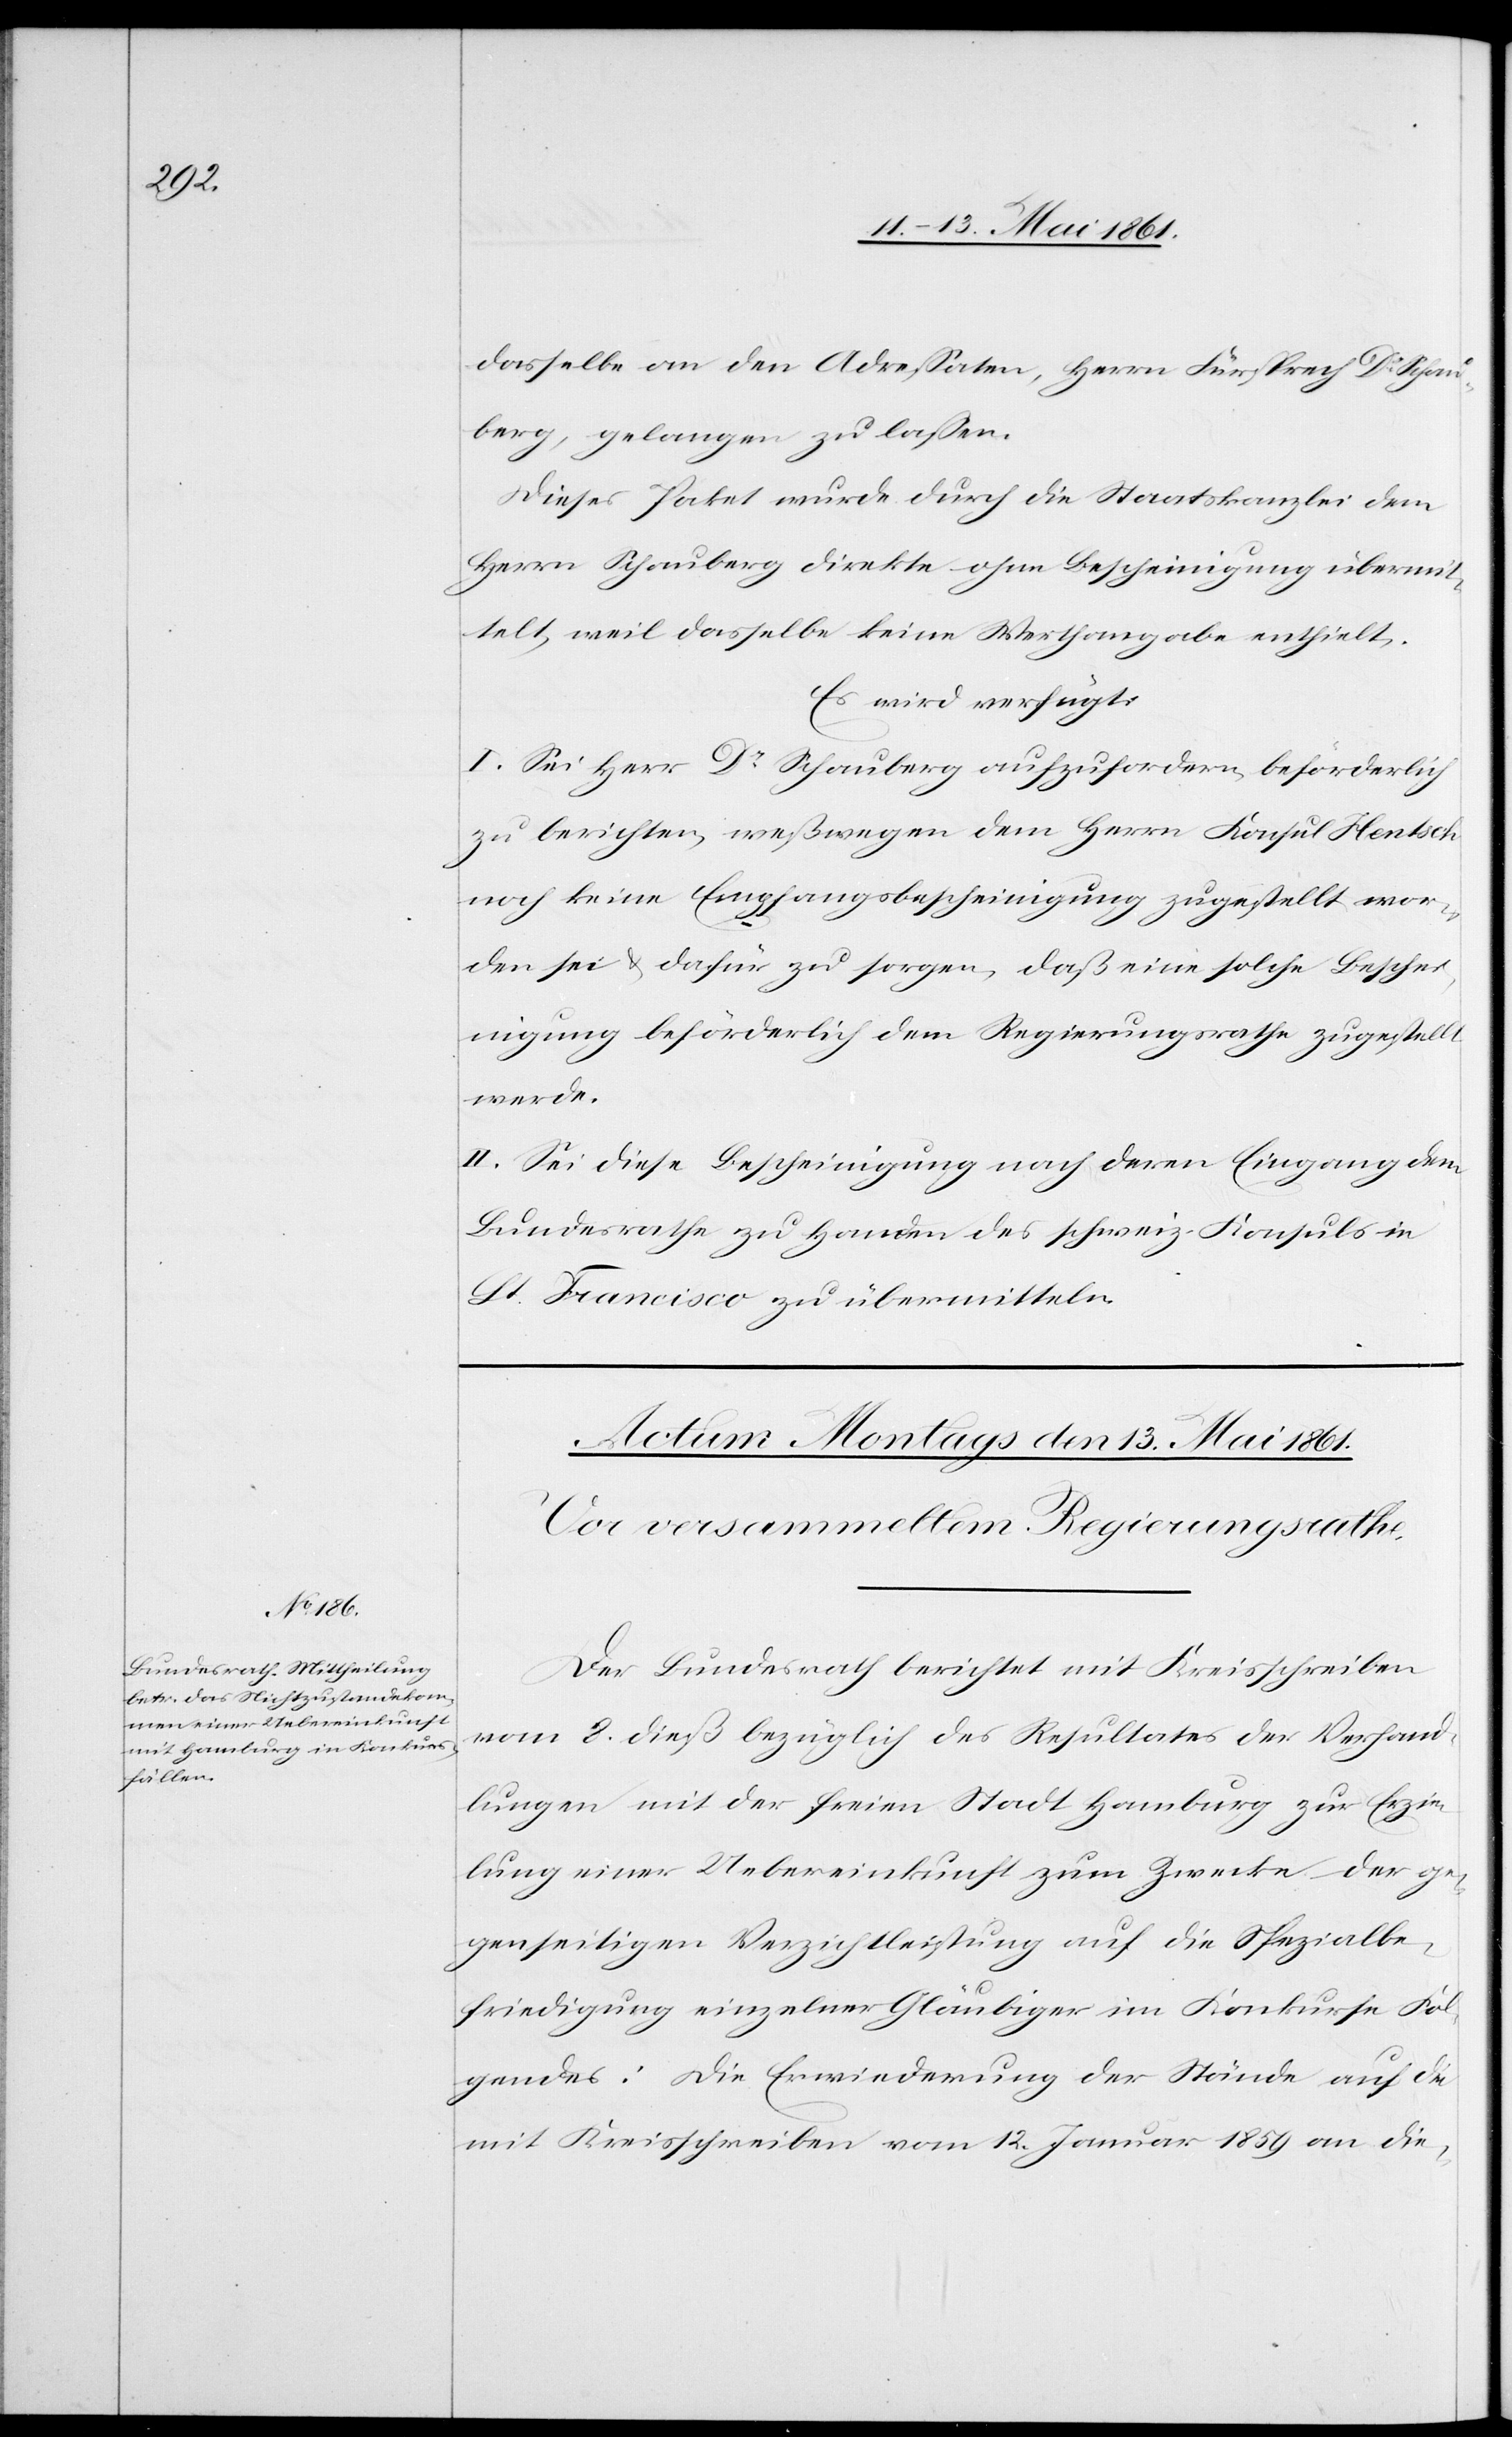
dasselbe an den Adressaten, Herrn Fürsprech Dr. Schau¬
berg, gelangen zu lassen.
Dieses Paket wurde durch die Staatskanzlei dem
Herrn Schauberg direkte ohne Bescheinigung übermit¬
telt, weil dasselbe keine Werthangabe enthielt.
Es wird verfügt:
I. Sei Herr Dr. Schauberg aufzufordern, beförderlich
zu berichten, weßwegen dem Herrn Konsul Hentsch
noch keine Empfangsbescheinigung zugestellt wor¬
den sei u. dafür zu sorgen, daß eine solche Besche¬
inigung beförderlich dem Regierungsrathe zugestellt
werde.
II. Sei diese Bescheinigung nach deren Eingang dem
Bundesrathe zu Handen des schweiz. Konsuls in
St. Francisco zu übermitteln.
Der Bundesrath berichtet mit Kreisschreiben
vom 8. dieß bezüglich des Resultates der Verhand¬
lungen mit der freien Stadt Hamburg zur Erzie¬
lung einer Uebereinkunft zum Zwecke der ge¬
genseitigen Verzichtleistung auf die Spezialbe¬
friedigung einzelner Gläubiger im Konkurse Fol¬
gendes: Die Erwiederung der Stände auf die
mit Kreisschreiben vom 12. Januar 1859 an die-